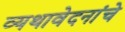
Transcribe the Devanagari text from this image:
व्यथावेदनांचे